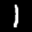
Label: 1